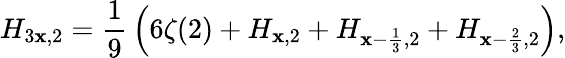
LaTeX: H_{3\mathbf{x},2}={\frac{{1}}{{9}}}\left(6\zeta(2)+H_{\mathbf{x},2}+H_{\mathbf{x}-{\frac{{1}}{{3}}},2}+H_{\mathbf{x}-{\frac{{2}}{{3}}},2}\right),